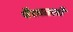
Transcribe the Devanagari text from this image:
पैशातली